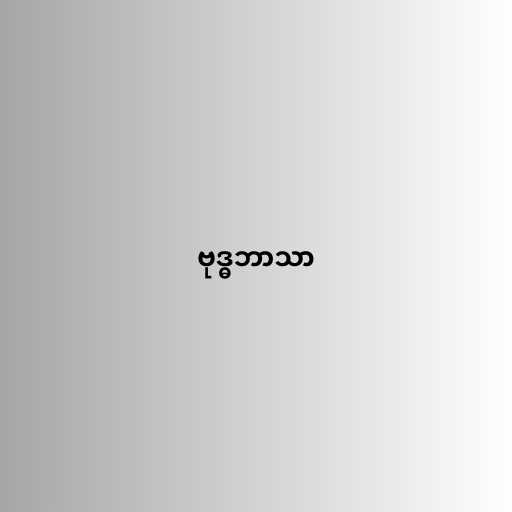
ဗုဒ္ဓဘာသာ